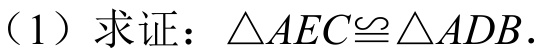
(1) 求证：\(\triangle AEC\cong\triangle ADB\).